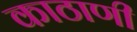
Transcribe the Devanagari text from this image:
काठाणी